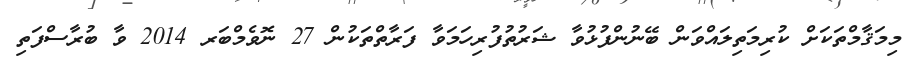
މިމަޤާމްތަކަށް ކުރިމަތިލައްވަން ބޭނުންފުޅުވާ ޝަރުތުފުރިހަމަވާ ފަރާތްތަކުން 27 ނޮވެމްބަރ 2014 ވާ ބުރާސްފަތި